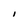
Character: I